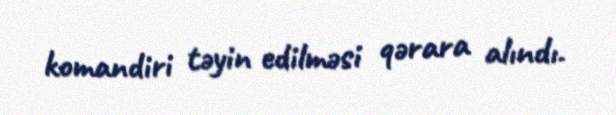
komandiri təyin edilməsi qərara alındı.